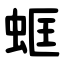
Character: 䖱